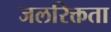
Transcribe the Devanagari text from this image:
जलरिक्तता